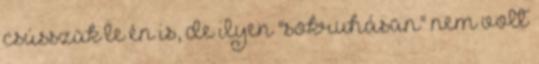
csússzak le én is, de ilyen "sokruhásan" nem volt